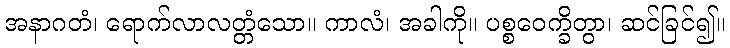
အနာဂတံ၊ ရောက်လာလတ္တံသော။ ကာလံ၊ အခါကို။ ပစ္စဝေက္ခိတွာ၊ ဆင်ခြင်၍။